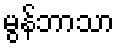
မွန်ဘာသာ